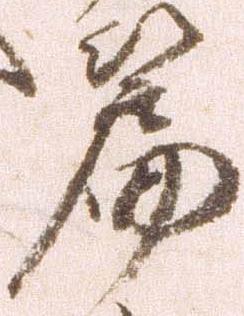
篇